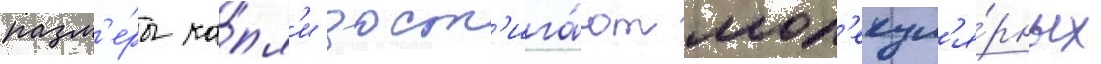
разм'е́ры ка́пл'и дост'ига́ют мол'екул'я́рных